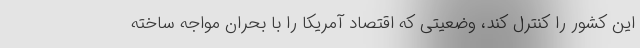
این کشور را کنترل کند، وضعیتی که اقتصاد آمریکا را با بحران مواجه ساخته